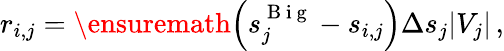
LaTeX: r_{i,j}=\ensuremath{\left(s_{j}^{\mathrm{~B~i~g~}}-s_{i,j}\right)}\Delta s_{j}|V_{j}|\, ,